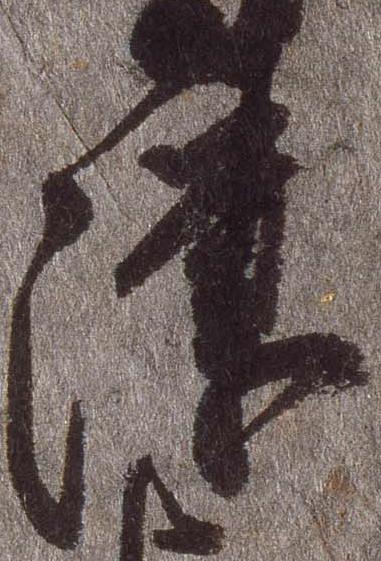
津